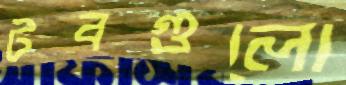
টবগুলো